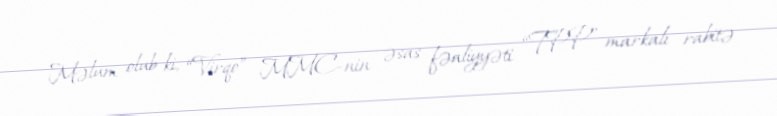
Məlum olub ki, “Virqo” MMC-nin əsas fəaliyyəti “TPP” markalı rabitə